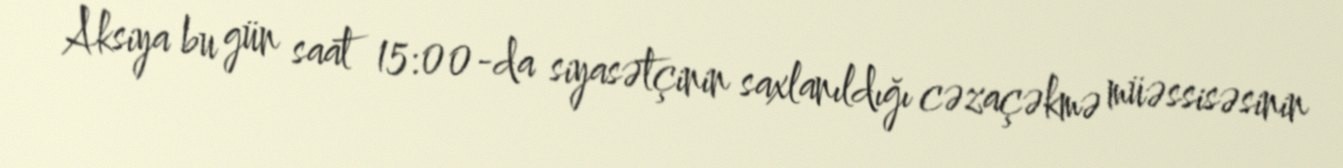
Aksiya bu gün saat 15:00-da siyasətçinin saxlanıldığı cəzaçəkmə müəssisəsinin